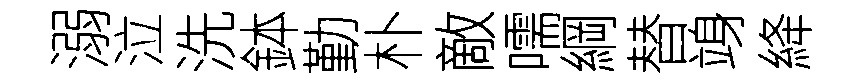
溺泣洗鉢勤朴敵嚅綱替竧絳